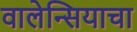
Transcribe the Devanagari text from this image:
वालेन्सियाचा